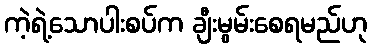
ကဲ့ရဲ့သောပါးစပ်က ချီးမွမ်းစေရမည်ဟု